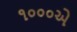
૧૦૦૦એ